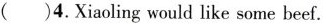
( )4. Xiaoling would like some beef.